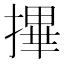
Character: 𢳂